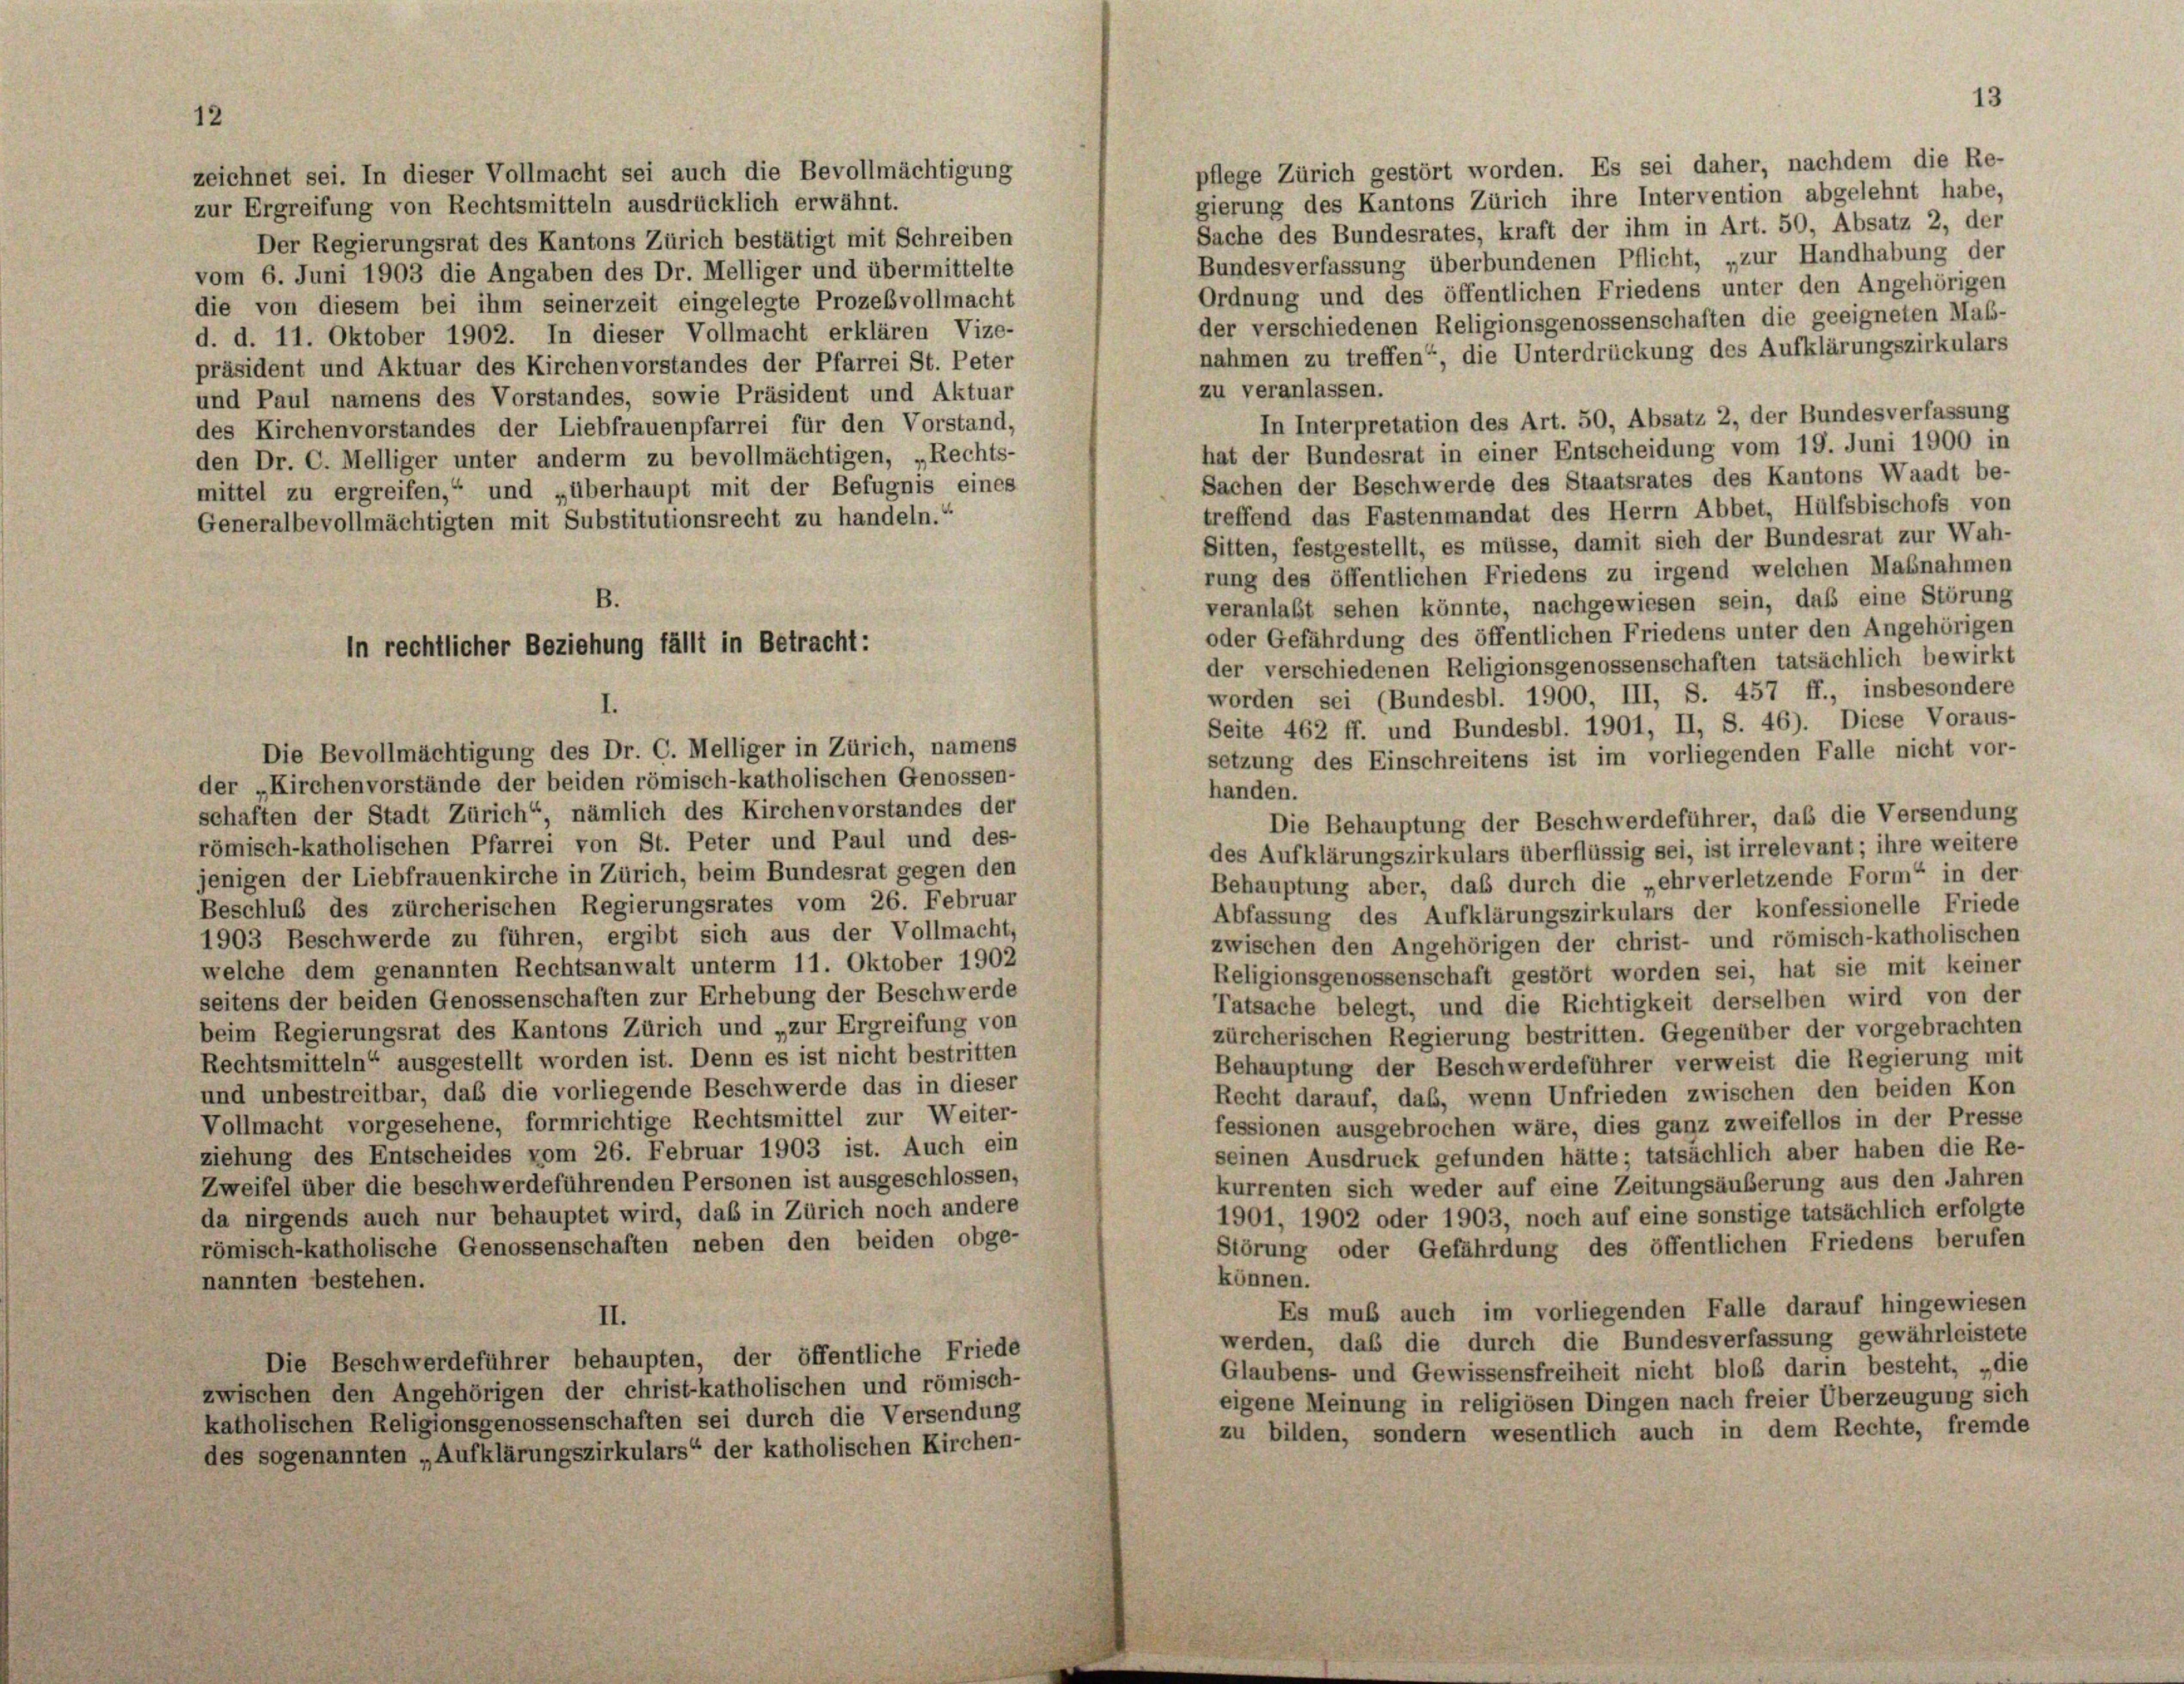
zeichnet sei. In dieser Vollmacht sei auch die Bevollmächtigung

12

zur Ergreifung von Rechtsmitteln ausdrücklich erwähnt.

Der Regierungsrat des Kantons Zürich bestätigt mit Schreiben
Bundesverfassung überbundenen Pflicht, „zur Handhabung der
vom 6. Juni 1903 die Angaben des Dr. Melliger und übermittelte
Ordnung und des öffentlichen Friedens unter den Angehörigen
die von diesem bei ihm seinerzeit eingelegte Prozeßvollmacht
der verschiedenen Religionsgenossenschaften die geeigneten Mal-
d. d. 11. Oktober 1902. In dieser Vollmacht erklären Vize-
nahmen zu treffen“, die Unterdrückung des Aufklärungszirkulars
präsident und Aktuar des Kirchenvorstandes der Pfarrei St. Peter
zu veranlassen.
und Paul namens des Vorstandes, sowie Präsident und Aktuar
In Interpretation des Art. 50, Absatz 2, der Bundesverfassung
des Kirchenvorstandes der Liebfrauenpfarrei für den Vorstand,
hat der Bundesrat in einer Entscheidung vom 19. Juni 1900 in
den Dr. C. Melliger unter anderm zu bevollmächtigen, „Rechts-
Sachen der Beschwerde des Staatsrates des Kantons Waadt be-
mittel zu ergreifen,“ und „überhaupt mit der Befugnis eines
treffend das Fastenmandat des Herrn Abbet, Hülfsbischofs von
Generalbevollmächtigten mit Substitutionsrecht zu handeln.“
Sitten, festgestellt, es müsse, damit sich der Bundesrat zur Wah-
rung des öffentlichen Friedens zu irgend welchen Maßnahmen
veranlaßt sehen könnte, nachgewiesen sein, daß eine Störung
oder Gefährdung des öffentlichen Friedens unter den Angehörigen
der verschiedenen Religionsgenossenschaften tatsächlich bewirkt
worden sei (Bundesbl. 1900, III, S. 457 ff., insbesondere
I.
Seite 462 ff. und Bundesbl. 1901, II, S. 46). Diese Voraus-
Die Bevollmächtigung des Dr. G. Melliger in Zürich, namens
setzung des Einschreitens ist im vorliegenden Falle nicht vor-
der „Kirchenvorstände der beiden römisch-katholischen Genossen-
handen.
schaften der Stadt Zürich“, nämlich des Kirchenvorstandes der
Die Behauptung der Beschwerdeführer, das die Versendung
römisch-katholischen Pfarrei von St. Peter und Paul und des-
des Aufklärungszirkulars überflüssig sei, ist irrelevant; ihre weitere
jenigen der Liebfrauenkirche in Zürich, beim Bundesrat gegen den
Behauptung aber, daß durch die „ehrverletzende Form“ in der
Beschluß des zürcherischen Regierungsrates vom 26. Februar
Abfassung des Aufklärungszirkulars der konfessionelle Friede
1903 Beschwerde zu führen, ergibt sich aus der Vollmacht,
zwischen den Angehörigen der christ- und römisch-katholischen
welche dem genannten Rechtsanwalt unterm 11. Oktober 1902
Religionsgenossenschaft gestört worden sei, hat sie mit keiner
seitens der beiden Genossenschaften zur Erhebung der Beschwerde
Tatsache belegt, und die Richtigkeit derselben wird von der
beim Regierungsrat des Kantons Zürich und „zur Ergreifung von
zürcherischen Regierung bestritten. Gegenüber der vorgebrachten
Rechtsmitteln“ ausgestellt worden ist. Denn es ist nicht bestritten
Behauptung der Beschwerdeführer verweist die Regierung mit
und unbestreitbar, daß die vorliegende Beschwerde das in dieser
Recht darauf, daß, wenn Unfrieden zwischen den beiden Kon
Vollmacht vorgesehene, formrichtige Rechtsmittel zur Weiter-
fessionen ausgebrochen wäre, dies ganz zweifellos in der Presse
ziehung des Entscheides vom 26. Februar 1903 ist. Auch ein
seinen Ausdruck gefunden hätte; tatsächlich aber haben die Re-
Zweifel über die beschwerdeführenden Personen ist ausgeschlossen,
kurrenten sich weder auf eine Zeitungsäußerung aus den Jahren
da nirgends auch nur behauptet wird, daß in Zürich noch andere
1901, 1902 oder 1903, noch auf eine sonstige tatsächlich erfolgte
römisch-katholische Genossenschaften neben den beiden obge-
Störung oder Gefährdung des öffentlichen Friedens berufen
können.
nannten bestehen.
Es muß auch im vorliegenden Falle darauf hingewiesen
II.
werden, das die durch die Bundesverfassung gewährleistete
Die Beschwerdeführer behaupten, der öffentliche Friede
Glaubens- und Gewissensfreiheit nicht bloß darin besteht, „die
zwischen den Angehörigen der christ-katholischen und römisch-
eigene Meinung in religiösen Dingen nach freier Überzeugung sich
katholischen Religionsgenossenschaften sei durch die Versendung
zu bilden, sondern wesentlich auch in dem Rechte, fremde
des sogenannten „Aufklärungszirkulars“ der katholischen Kirchen-

B.
in rechtlicher Beziehung fällt in Betracht:

pflege Zürich gestört worden. Es sei daher, nachdem die Re-
gierung des Kantons Zürich ihre Intervention abgelehnt habe,
Sache des Bundesrates, kraft der ihm in Art. 50, Absatz 2, der

13